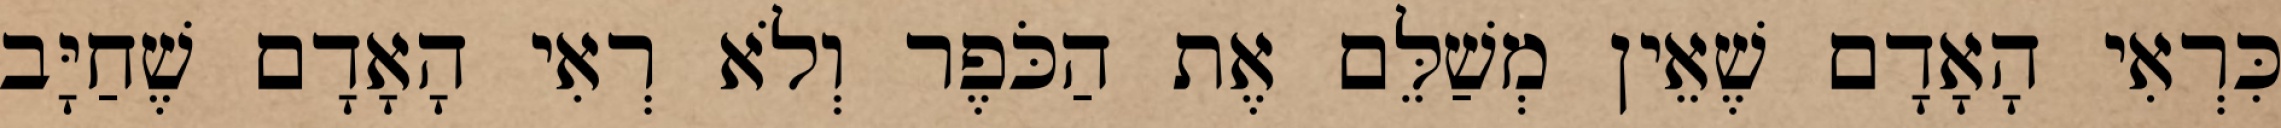
כִּרְאִי הָאָדָם שֶׁאֵין מְשַׁלֵּם אֶת הַכֹּפֶר וְלֹא רְאִי הָאָדָם שֶׁחַיָּב